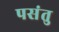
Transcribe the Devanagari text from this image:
पसंतु